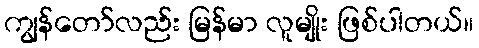
ကျွန်တော်လည်း မြန်မာ လူမျိုး ဖြစ်ပါတယ်။